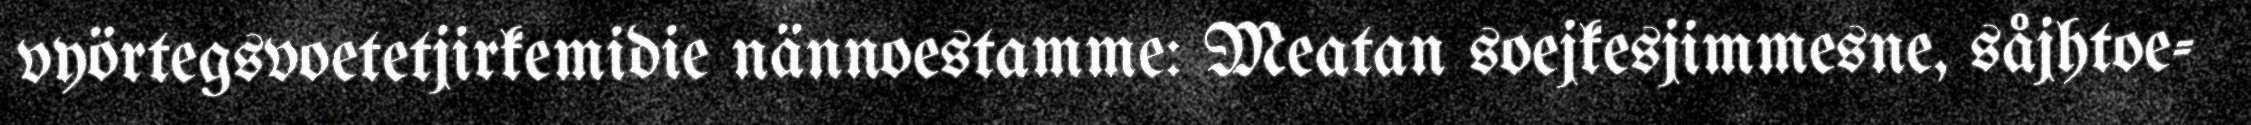
vyörtegsvoetetjirkemidie nännoestamme: Meatan soejkesjimmesne, såjhtoe-